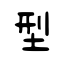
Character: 型